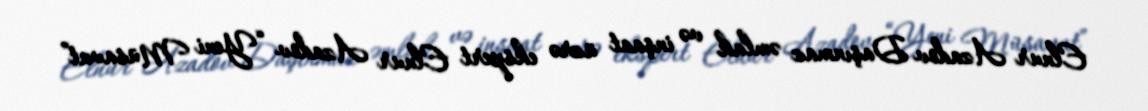
Elnur Azadov Daşınmaz əmlak və inşaat üzrə ekspert Elnur Azadov “Yeni Müsavat”